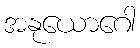
အနုယောဂေါ